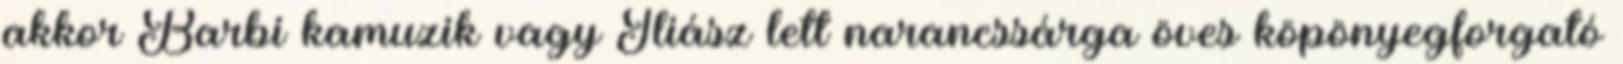
akkor Barbi kamuzik vagy Iliász lett narancssárga öves köpönyegforgató